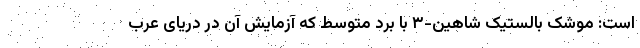
است: موشک بالستیک شاهین-۳ با بُرد متوسط که آزمایش آن در دریای عرب